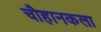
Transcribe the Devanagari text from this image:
चौहानकला